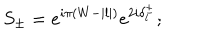
S _ { \pm } = e ^ { i \pi ( W - | l | ) } e ^ { 2 i \delta _ { l } ^ { \pm } } ;